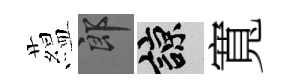
藴郎諒寬